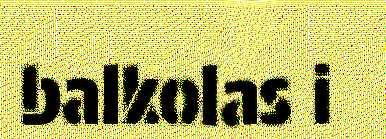
balkolas i